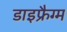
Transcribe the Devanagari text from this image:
डाइफ्रैग्म